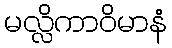
မလ္လိကာဝိမာနံ